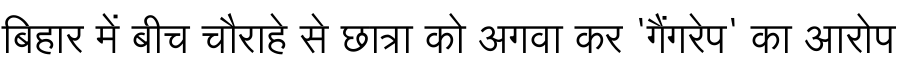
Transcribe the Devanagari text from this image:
बिहार में बीच चौराहे से छात्रा को अगवा कर 'गैंगरेप' का आरोप